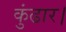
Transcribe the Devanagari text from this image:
कुंढार।